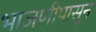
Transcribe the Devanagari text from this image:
भाजणीपासून